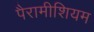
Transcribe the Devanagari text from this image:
पैरामीशियम